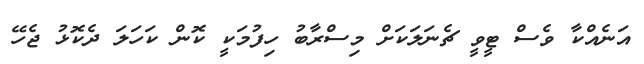
އަނެއްކާ ވެސް ޓީވީ ޗެނަލަކަށް މިސްރާބު ހިފުމަކީ ކޮން ކަހަލަ ދެކޮޅު ޖެހޭ